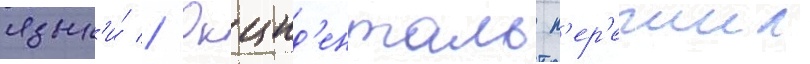
язык'и́ // Окцид'енталь п'ер'ежил